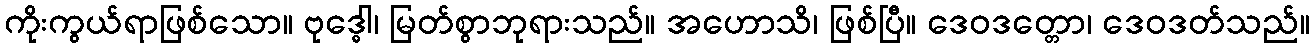
ကိုးကွယ်ရာဖြစ်သော။ ဗုဒ္ဓေါ၊ မြတ်စွာဘုရားသည်။ အဟောသိ၊ ဖြစ်ပြီ။ ဒေဝဒတ္တော၊ ဒေဝဒတ်သည်။